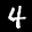
Label: 4